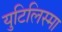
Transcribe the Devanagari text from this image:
युटिलिस्मा